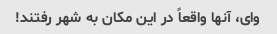
وای، آنها واقعاً در این مکان به شهر رفتند!